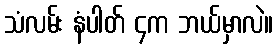
သံလမ်း နံပါတ် ၄က ဘယ်မှာလဲ။